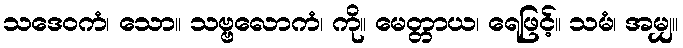
သဒေဝကံ၊ သော။ သဗ္ဗလောကံ၊ ကို။ မေတ္တာယ၊ ရေဖြင့်။ သမံ၊ အမျှ။